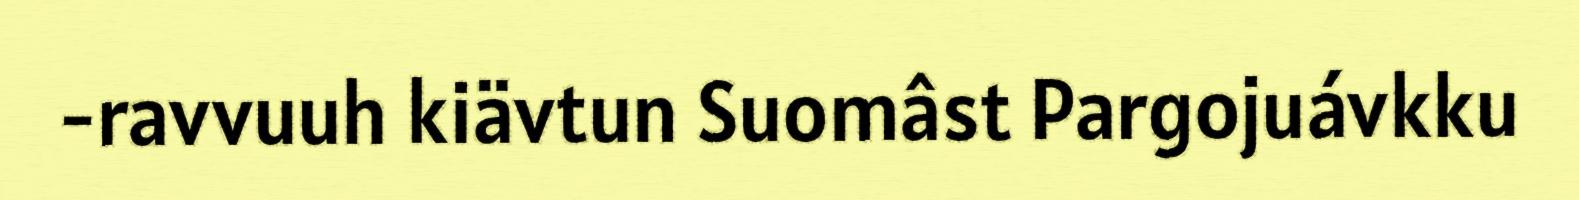
-ravvuuh kiävtun Suomâst Pargojuávkku